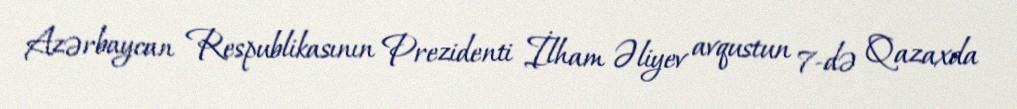
Azərbaycan Respublikasının Prezidenti İlham Əliyev avqustun 7-də Qazaxda